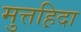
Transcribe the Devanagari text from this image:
मुत्तह़िदा